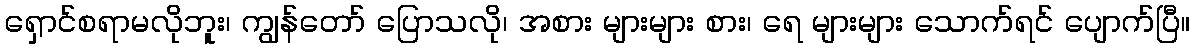
ရှောင်စရာမလိုဘူး၊ ကျွန်တော် ပြောသလို၊ အစား များများ စား၊ ရေ များများ သောက်ရင် ပျောက်ပြီ။